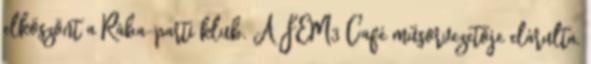
elköszönt a Rába-parti klub. A FEM3 Café műsorvezetője elárulta,